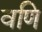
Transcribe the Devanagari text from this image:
वणि